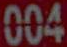
004